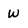
Character: W